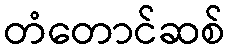
တံတောင်ဆစ်